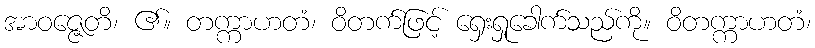
အာဝဇ္ဇေတိ၊ ၏။ တက္ကာဟတံ၊ ဝိတက်ဖြင့် ရှေးရှုခေါက်သည်ကို။ ဝိတက္ကာဟတံ၊